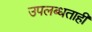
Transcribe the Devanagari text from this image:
उपलब्धताही